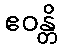
ဧဝန္တိ